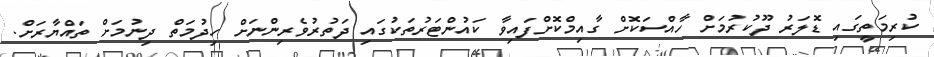
ކުރިމަތީގައި ޑޮލަރު ދޫކުރުމަށް ހާއްސަކޮށް ގާއިމްކޮށްފައިވާ ކައުންޓަރުތަކުގައި ދަތުރުވެރިންނަށް ހިދުމަތް ދިނުމަށް ތައްޔާރަށް.